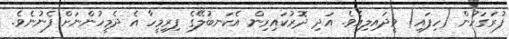
ފުރަގަހުން (ހިފައި) ވީދައިލިއެވެ. އަދި ދޮރުކައިރިން އެކަނބުލޭގެ ފިރިމީހާ އެ ދެމީހުންނަށް ފެނުނެވެ.